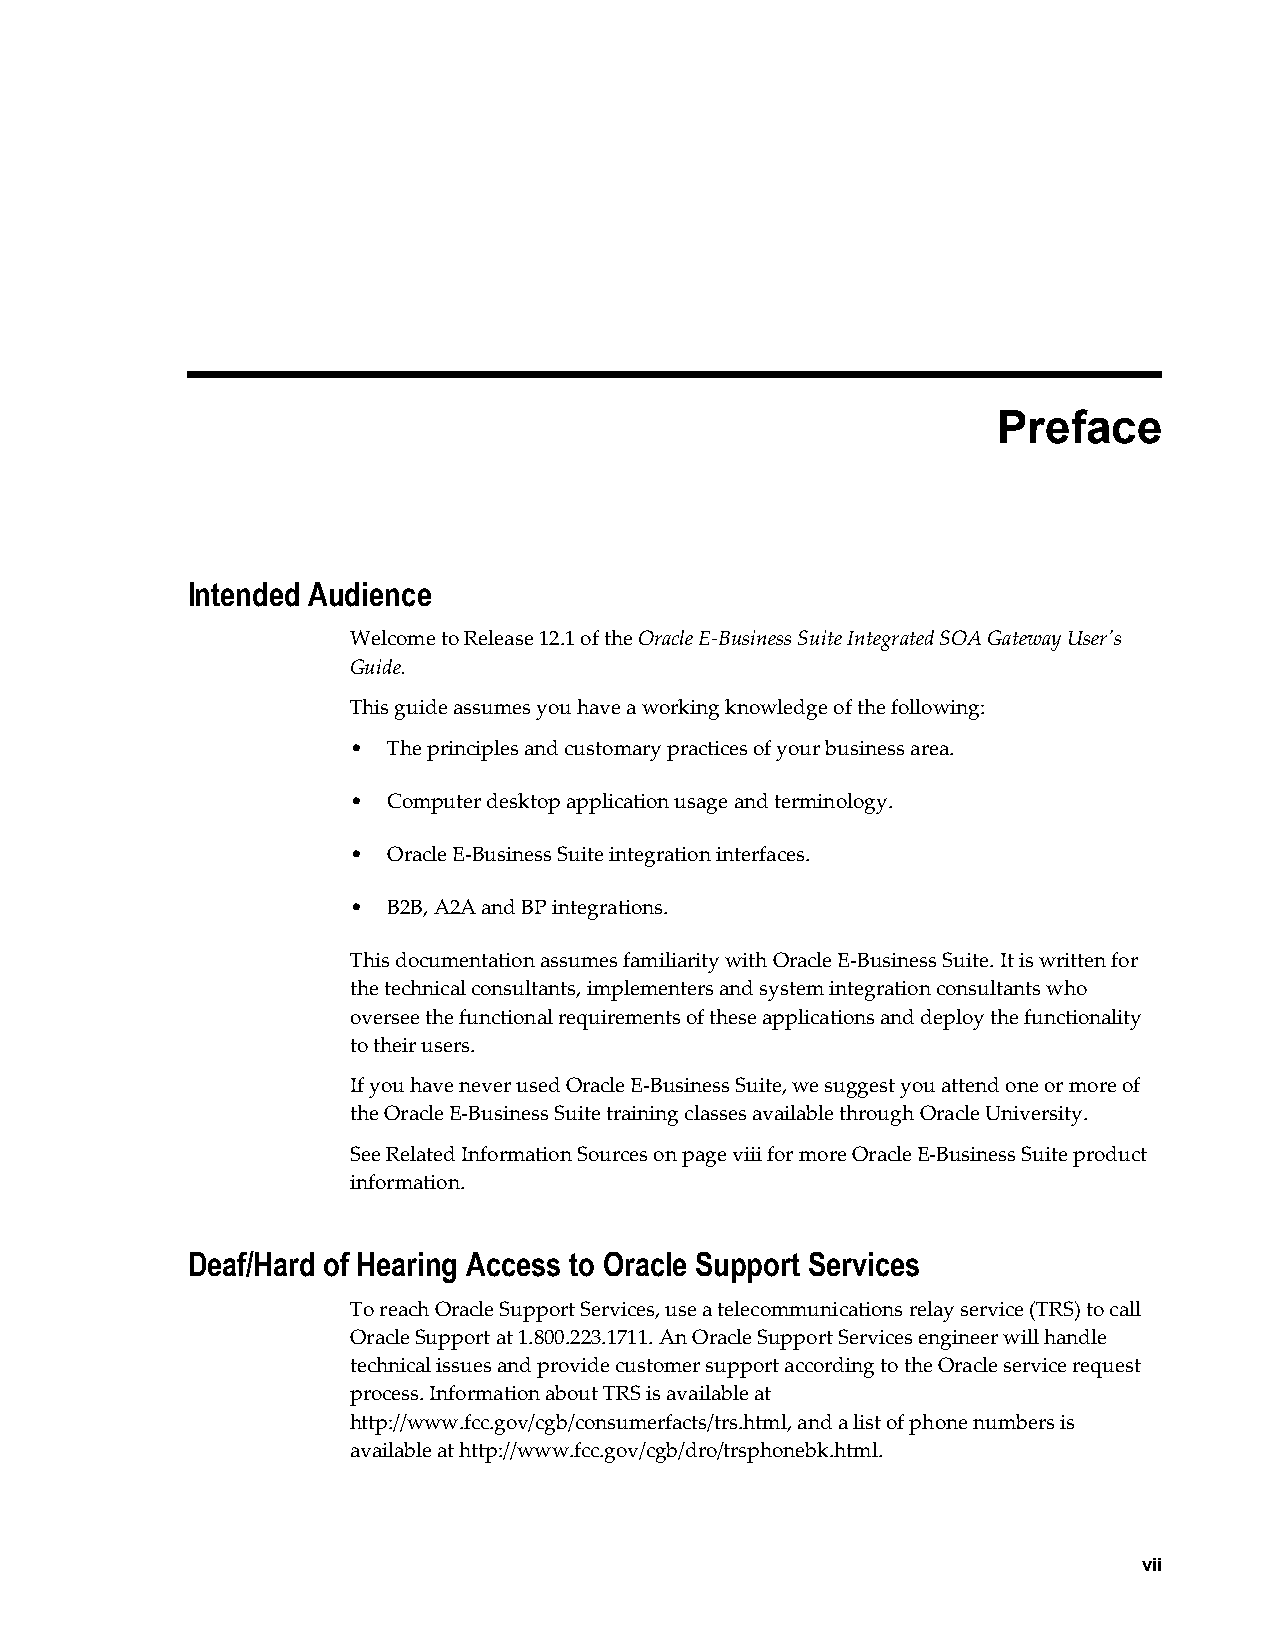
Preface
 Intended Audience
 Welcome to Release 12.1 of the Oracle E-Business Suite Integrated SOA Gateway User's
 Guide.
 This guide assumes you have a working knowledge of the following:
 •  The principles and customary practices of your business area.
 •  Computer desktop application usage and terminology.
 •  Oracle E-Business Suite integration interfaces.
 •  B2B, A2A and BP integrations.
 This documentation assumes familiarity with Oracle E-Business Suite. It is written for
 the technical consultants, implementers and system integration consultants who
 oversee the functional requirements of these applications and deploy the functionality
 to their users.
 If you have never used Oracle E-Business Suite, we suggest you attend one or more of
 the Oracle E-Business Suite training classes available through Oracle University.
 See Related Information Sources on page viii for more Oracle E-Business Suite product
 information.
 Deaf/Hard of Hearing Access to Oracle Support Services
 To reach Oracle Support Services, use a telecommunications relay service (TRS) to call
 Oracle Support at 1.800.223.1711. An Oracle Support Services engineer will handle
 technical issues and provide customer support according to the Oracle service request
 process. Information about TRS is available at
 http://www.fcc.gov/cgb/consumerfacts/trs.html, and a list of phone numbers is
 available at http://www.fcc.gov/cgb/dro/trsphonebk.html.
 vii